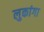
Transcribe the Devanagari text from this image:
लुकांगा